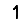
Digit: 1